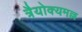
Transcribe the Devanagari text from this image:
त्रैयोक्यमल्ल